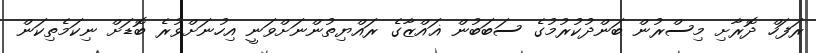
ރަފަހް ދޮރާށި މިސްރުން ބަންދުކުރުމުގެ ސަބަބުން ޣައްޒާގެ ރައްޔިތުންނަށްވަނީ އިހުނަށްވުރެ ބޮޑަށް ނިކަމެތިކަން